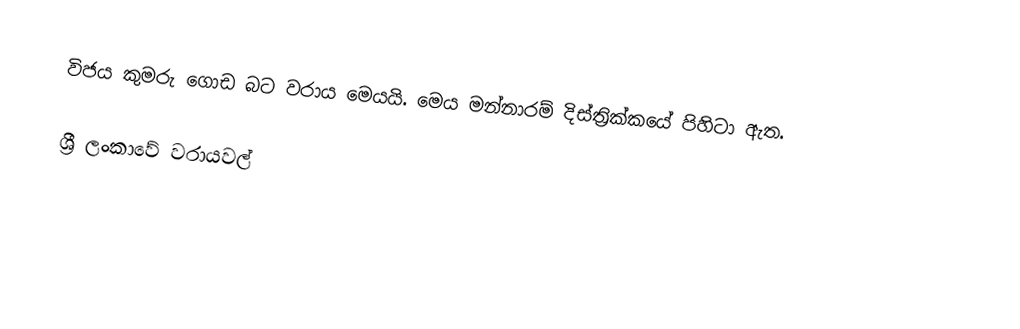
විජය කුමරු ගොඩ බට වරාය මෙයයි. මෙය මන්නාරම් දිස්ත්‍රික්කයේ පිහිටා ඇත.

ශ්‍රී ලංකාවේ වරායවල්